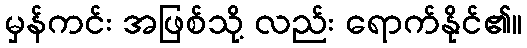
မှန်ကင်း အဖြစ်သို့ လည်း ရောက်နိုင်၏။